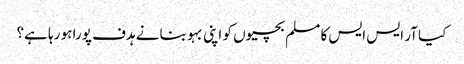
کیا آر ایس ایس کا مسلم بچیوں کو اپنی بہو بنانے ہدف پورا ہو رہا ہے؟